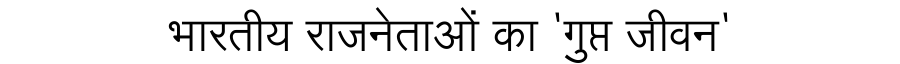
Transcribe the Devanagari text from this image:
भारतीय राजनेताओं का 'गुप्त जीवन'